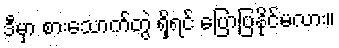
ဒီမှာ စားသောက်တွဲ ရှိရင် ပြောပြနိုင်မလား။